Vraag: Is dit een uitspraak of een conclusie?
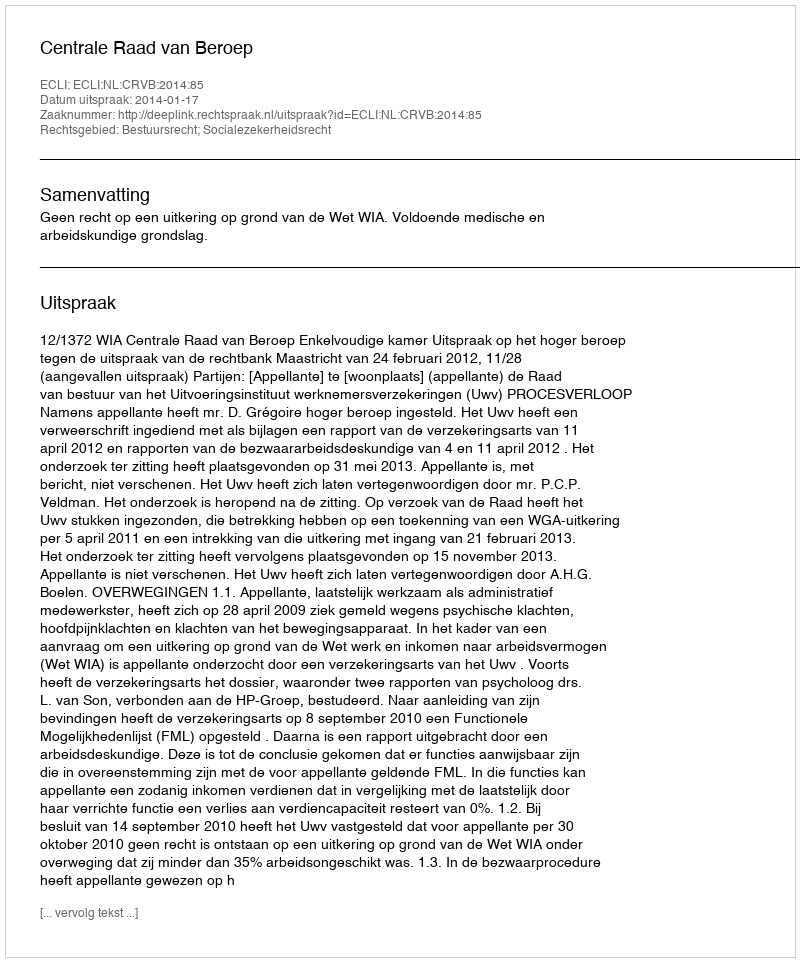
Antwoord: Uitspraak